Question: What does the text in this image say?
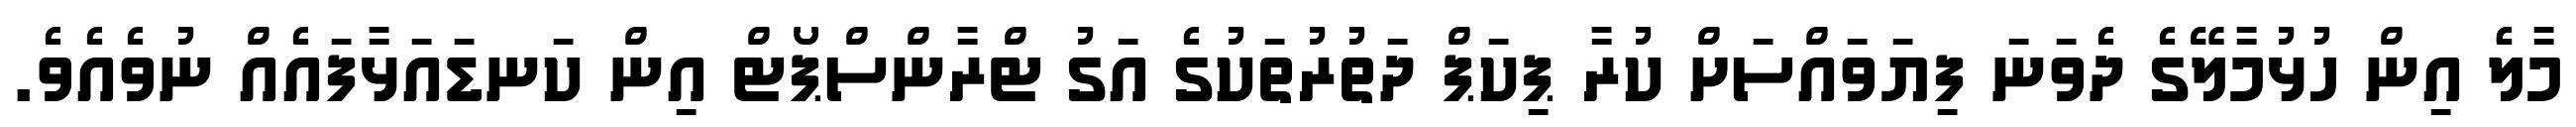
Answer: މާލެެ އިން ހުޅުމާލޭގެ ދެވަނަ ފިޔަވައްސަށް ކުރާ ޕިކަޕް ދަތުރުތަކުގެ އަގު ޓްރާންސްޕޯޓް އިން ކަނޑައަޅާފައެއް ނުވެއެވެ.